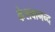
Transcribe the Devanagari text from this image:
केशबानन्द